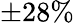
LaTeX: \pm 28\%